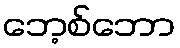
ဘေ့စ်ဘော